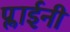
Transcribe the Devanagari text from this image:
प्लाईनी